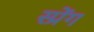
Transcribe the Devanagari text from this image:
स्प्रेंग